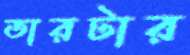
তারটার